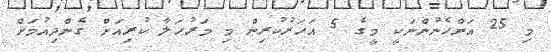
މި 25 އަންހެނުންނަކީ މީގެ 5 އަހަރުކުރިން މި މަރުހަލާ ކުރިއަށް ގެންދިއުމަށް